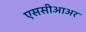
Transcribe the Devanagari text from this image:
एससीआअर